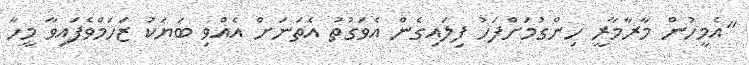
"އެމީހުން މާރާމާރީ ހިންގުމަށްފަހު ފިލައިގެން އެވަގުތު އެތަނަށް އެއްވި ބަޔަކު ޒަހަމްވެފައިވާ މީހާ